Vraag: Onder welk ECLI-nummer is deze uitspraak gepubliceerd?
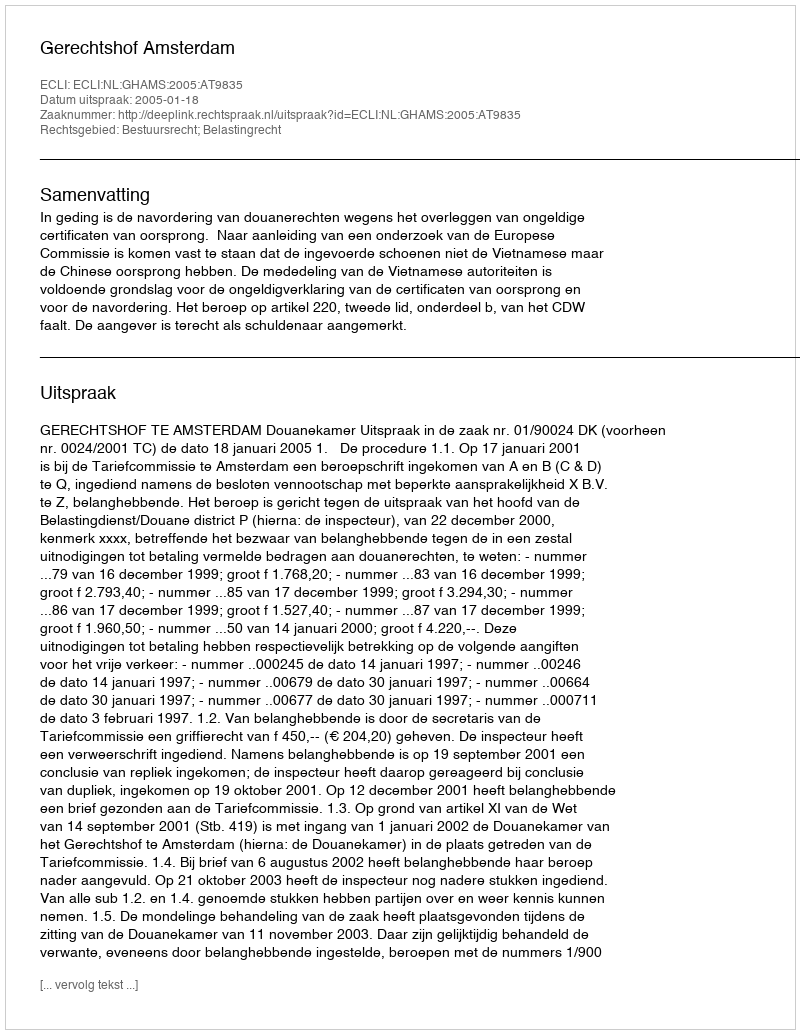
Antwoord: ECLI:NL:GHAMS:2005:AT9835